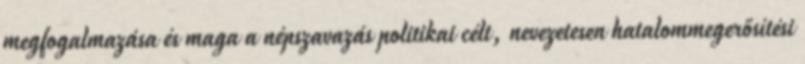
megfogalmazása és maga a népszavazás politikai célt, nevezetesen hatalommegerősítési